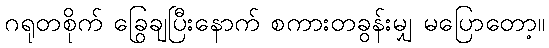
ဂရုတစိုက် ခြွေချပြီးနောက် စကားတခွန်းမျှ မပြောတော့။